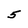
Character: 5